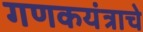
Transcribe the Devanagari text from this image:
गणकयंत्राचे